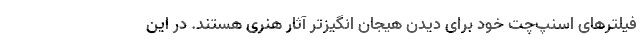
فیلترهای اسنپ‌چت خود برای دیدن هیجان انگیزتر آثار هنری هستند. در این